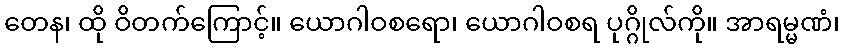
တေန၊ ထို ဝိတက်ကြောင့်။ ယောဂါဝစရော၊ ယောဂါဝစရ ပုဂ္ဂိုလ်ကို။ အာရမ္မဏံ၊